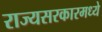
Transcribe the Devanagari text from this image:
राज्यसरकारमध्ये